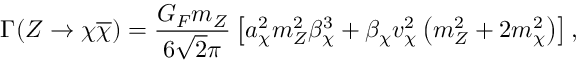
\Gamma ( Z \to \chi \overline { { { \chi } } } ) = \frac { G _ { F } m _ { Z } } { 6 \sqrt { 2 } \pi } \left[ a _ { \chi } ^ { 2 } m _ { Z } ^ { 2 } \beta _ { \chi } ^ { 3 } + \beta _ { \chi } v _ { \chi } ^ { 2 } \left( m _ { Z } ^ { 2 } + 2 m _ { \chi } ^ { 2 } \right) \right] ,